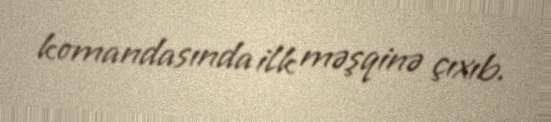
komandasında ilk məşqinə çıxıb.